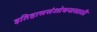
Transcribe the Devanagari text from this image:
इतिहाससंशोधनासाठी